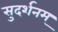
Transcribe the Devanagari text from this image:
सुदर्शनम्